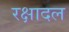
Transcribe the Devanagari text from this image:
रक्षादल